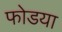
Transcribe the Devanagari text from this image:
फोडया